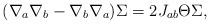
LaTeX: \begin{align*}(\nabla_a\nabla_b-\nabla_b\nabla_a)\Sigma=2J_{ab}\Theta\Sigma,\end{align*}